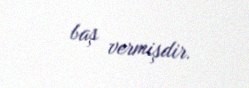
baş vermişdir.